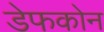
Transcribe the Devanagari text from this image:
डेफकोन